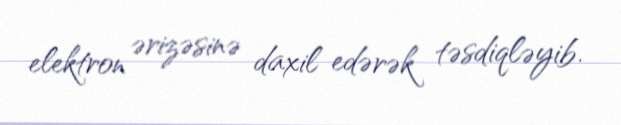
elektron ərizəsinə daxil edərək təsdiqləyib.